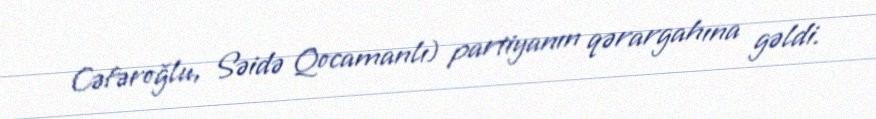
Cəfəroğlu, Səidə Qocamanlı) partiyanın qərargahına gəldi.